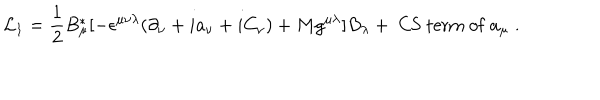
LaTeX: { \cal L } _ { 1 } = \frac { 1 } { 2 } B _ { \mu } ^ { * } [ - \epsilon ^ { \mu \nu \lambda } ( \partial _ { \nu } + i a _ { \nu } + i C _ { \nu } ) + M g ^ { \mu \lambda } ] B _ { \lambda } + \mathrm { ~ C S ~ t e r m ~ o f } ~ a _ { \mu } \; .